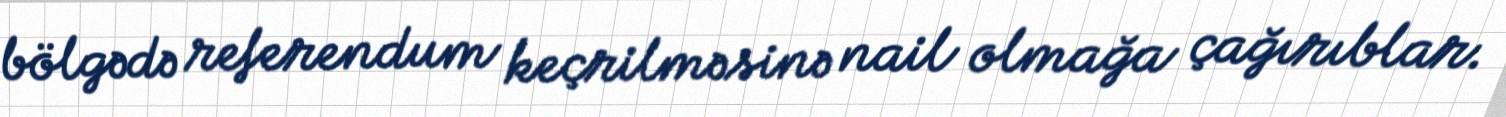
bölgədə referendum keçrilməsinə nail olmağa çağırıblar.